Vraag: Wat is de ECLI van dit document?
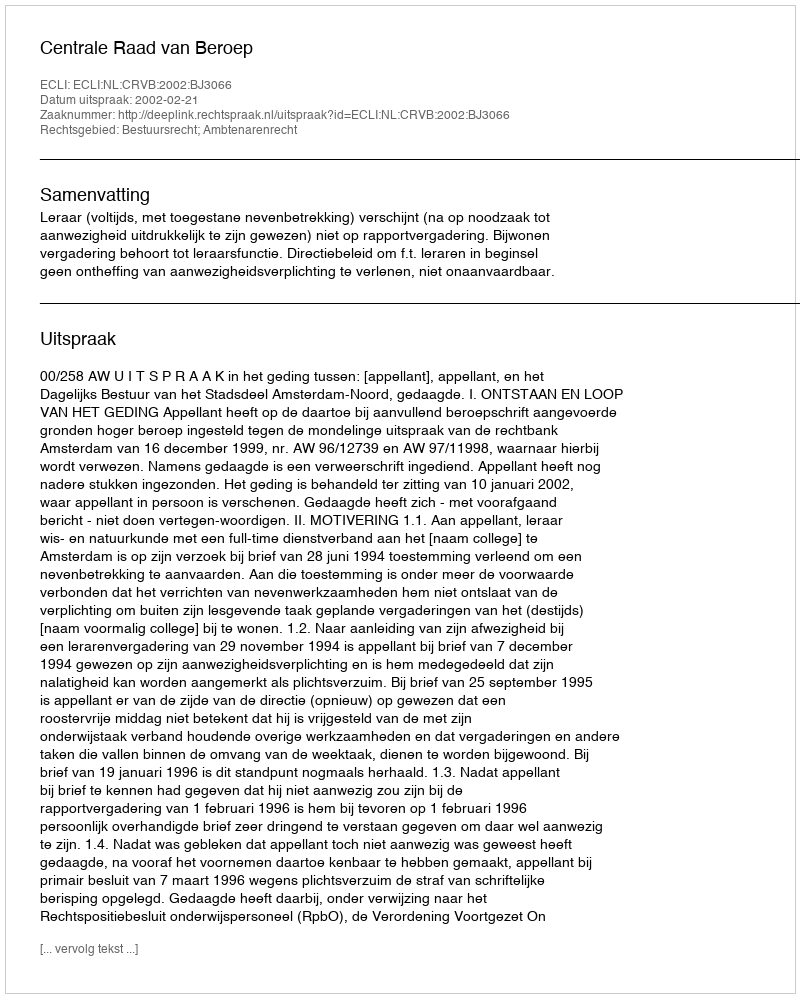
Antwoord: ECLI:NL:CRVB:2002:BJ3066